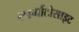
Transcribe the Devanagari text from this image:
स्पर्माटोसाइट